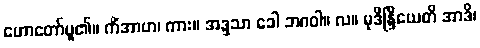
ဟောတော်မူ၏။ ကိံအာဟ၊ ကား။ အဒ္ဒသာ ခေါ ဘဂဝါ။ လ။ မုဒိန္ဒြိယေတိ အာဒိ၊